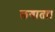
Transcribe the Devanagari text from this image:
लगाता।